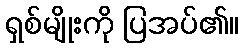
ရှစ်မျိုးကို ပြအပ်၏။